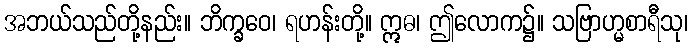
အဘယ်သည်တို့နည်း။ ဘိက္ခဝေ၊ ရဟန်းတို့။ ဣဓ၊ ဤလောက၌။ သဗြာဟ္မစာရီသု၊